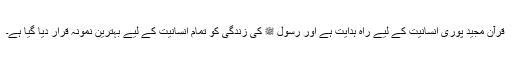
قرآن مجید پوری انسانیت کے لیے راہ ہدایت ہے اور رسول ﷺ کی زندگی کو تمام انسانیت کے لیے بہترین نمونہ قرار دیا گیا ہے۔